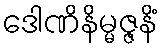
ဒေါဏိနိမ္မဇ္ဇနိံ